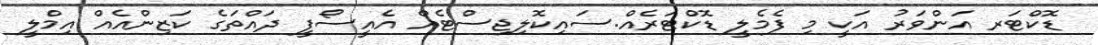
ޑޮކްޓަރ އަންވަރު އަކީ މި ފެމެލީ ޑޮކްޓަރެއް.ސައިކޮލިޖިސްޓެއް އެއީސޯފީ ދައްތަގެ ކަޒިންއެއް އިމްލީ